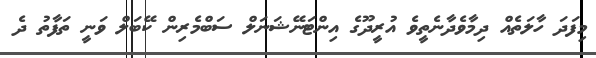
މިފަދަ ހާލަތެއް ދިމާވެދާނެތީވެ އުރީދޫގެ އިންޓަނޭޝަނަލް ސަބްމެރިން ކޭބަލް ވަނީ ތަފާތު ދެ